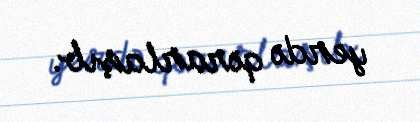
yerdə qərarlaşıb.